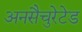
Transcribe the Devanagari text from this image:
अनसैचुरेटेड